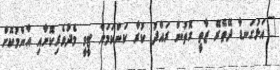
"އަޅުގަނޑާ ދޭތެރޭ ޒާތީ ގޮތުން ރައްދު ކުރާ ކަންކަމަށް ޓީވީ މެދުވެރިކޮށާއި އާންމުކޮށް